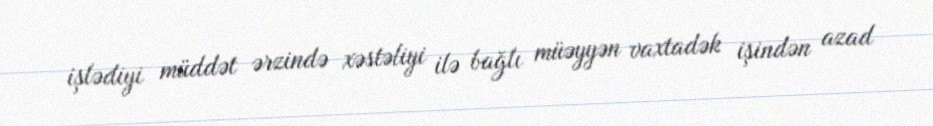
işlədiyi müddət ərzində xəstəliyi ilə bağlı müəyyən vaxtadək işindən azad